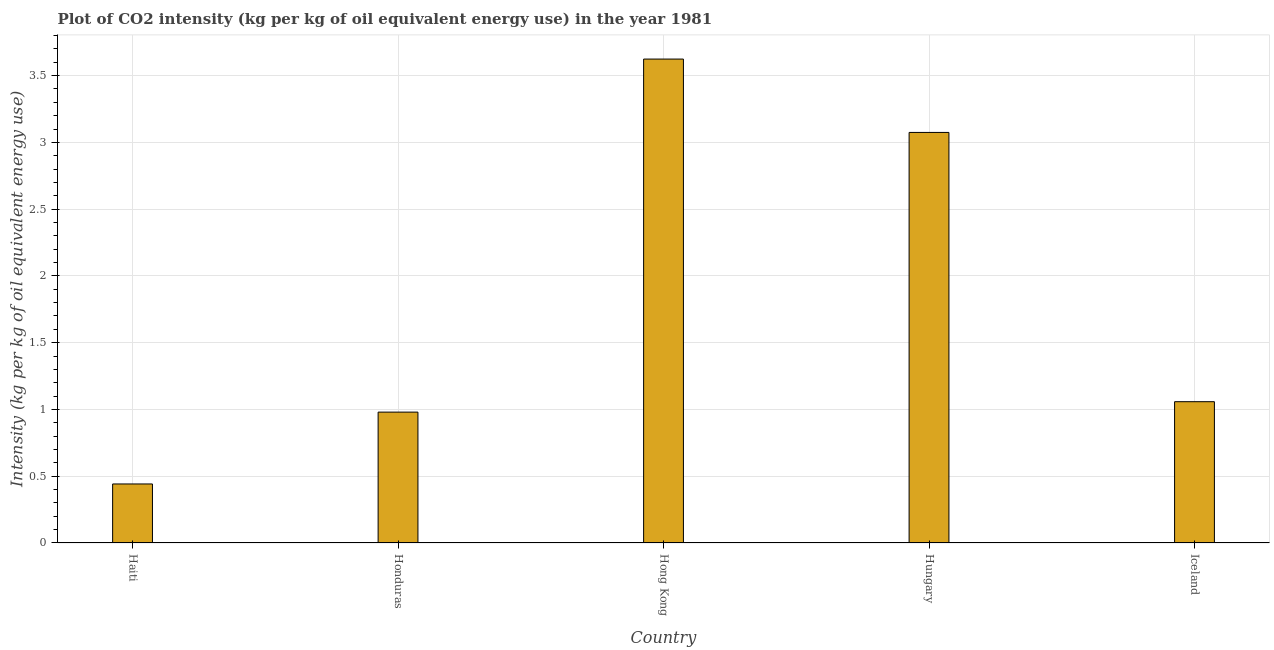
| Country | CO2 intensity |
 | --- | --- |
 | Haiti | 0.442 |
 | Honduras | 0.98 |
 | Hong Kong | 3.62 |
 | Hungary | 3.07 |
 | Iceland | 1.06 |